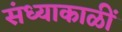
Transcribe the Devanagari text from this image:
संध्याकाळीं